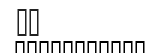
٣٩